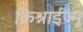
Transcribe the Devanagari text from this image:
क्रिश्नाईज्मु